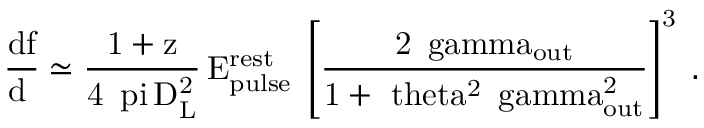
\mathrm { { \frac { d f } { d \Omega } } \simeq { \frac { 1 + z } { 4 \, \ p i \, D _ { L } ^ { 2 } } } \, { E _ { p u l s e } ^ { r e s t } } \; \left[ { \frac { 2 \, \ g a m m a _ { o u t } } { 1 + \ t h e t a ^ { 2 } \, \ g a m m a _ { o u t } ^ { 2 } } } \right] ^ { 3 } \; . }